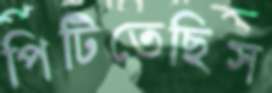
পিটিতেছিস